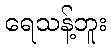
ရေသန့်ဘူး